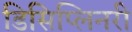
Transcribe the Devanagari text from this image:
डिसिप्लिनरी